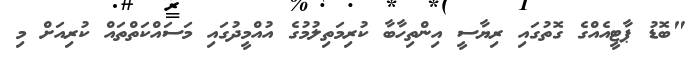
"ބޮޑު ޕާޓީއެއްގެ ގޮތުގައި ރިޔާސީ އިންތިހާބާ ކުރިމަތިލުމުގެ އުއްމީދުގައި މަސައްކަތްތައް ކުރިއަށް މި